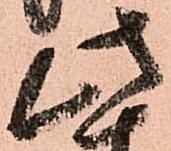
此